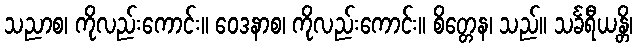
သညာစ၊ ကိုလည်းကောင်း။ ဝေဒနာစ၊ ကိုလည်းကောင်း။ စိတ္တေန၊ သည်။ သင်္ခရီယန္တိ၊